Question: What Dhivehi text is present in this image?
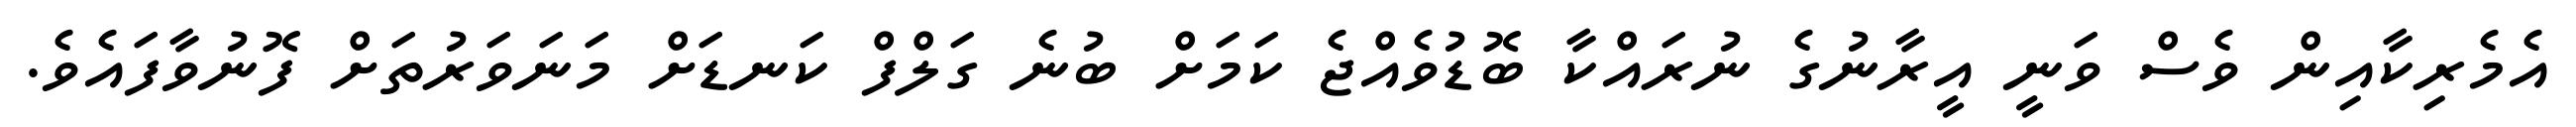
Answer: އެމެރިކާއިން ވެސް ވަނީ އީރާނުގެ ނުރައްކާ ބޮޑުވެއްޖެ ކަމަށް ބުނެ ގަލްފް ކަނޑަށް މަނަވަރުތަށް ފޮނުވާފައެވެ.